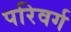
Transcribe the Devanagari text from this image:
परिवर्ग